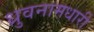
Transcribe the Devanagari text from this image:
ध्रुवनामधारी